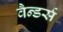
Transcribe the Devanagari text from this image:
वैन्डर्स